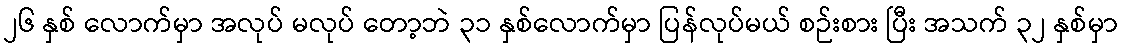
၂၆ နှစ် လောက်မှာ အလုပ် မလုပ် တော့ဘဲ ၃၁ နှစ်လောက်မှာ ပြန်လုပ်မယ် စဉ်းစား ပြီး အသက် ၃၂ နှစ်မှာ